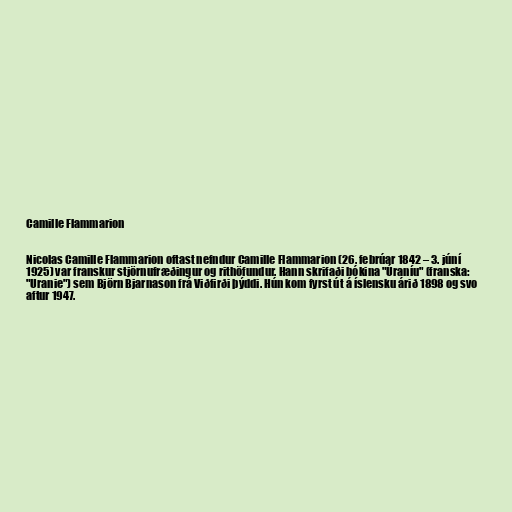
Camille Flammarion

Nicolas Camille Flammarion oftast nefndur Camille Flammarion (26. febrúar 1842 – 3. júní
1925) var franskur stjörnufræðingur og rithöfundur. Hann skrifaði bókina "Úraníu" (franska:
"Uranie") sem Björn Bjarnason frá Viðfirði þýddi. Hún kom fyrst út á íslensku árið 1898 og svo
aftur 1947.